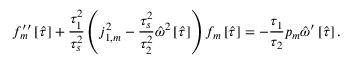
f _ { m } ^ { \prime \prime } \left[ \hat { \tau } \right] + \frac { \tau _ { 1 } ^ { 2 } } { \tau _ { s } ^ { 2 } } \left( j _ { 1 , m } ^ { 2 } - \frac { \tau _ { s } ^ { 2 } } { \tau _ { 2 } ^ { 2 } } \hat { \omega } ^ { 2 } \left[ \hat { \tau } \right] \right) f _ { m } \left[ \hat { \tau } \right] = - \frac { \tau _ { 1 } } { \tau _ { 2 } } p _ { m } \hat { \omega } ^ { \prime } \left[ \hat { \tau } \right] .